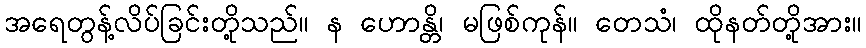
အရေတွန့်လိပ်ခြင်းတို့သည်။ န ဟောန္တိ၊ မဖြစ်ကုန်။ တေသံ၊ ထိုနတ်တို့အား။